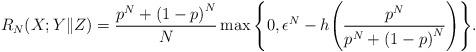
LaTeX: \begin{align*}&R_N(X;Y\|Z) = \frac{p^N+{(1-p)}^N}{N}\max\Bigg\{0,\epsilon^N-h\Bigg(\frac{p^N}{p^N+{(1-p)}^N}\Bigg)\Bigg\}.\end{align*}